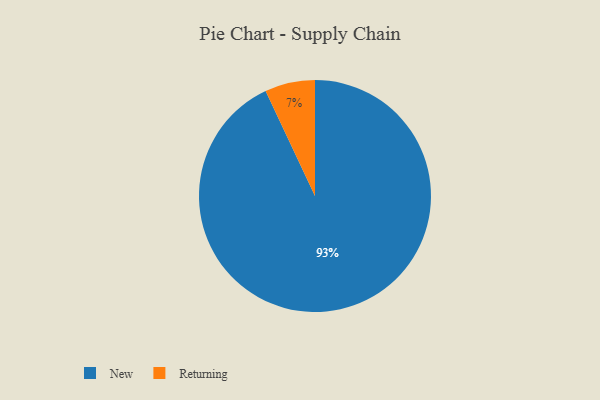
{"axis": {"x": "Category", "y": "Percentage"}, "legend": ["New", "Returning"], "data": [{"x": "Returning", "y": 7, "type": "Returning"}, {"x": "New", "y": 93, "type": "New"}]}